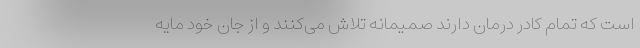
است که تمام کادر درمان دارند صمیمانه تلاش می‌کنند و از جان خود مایه